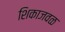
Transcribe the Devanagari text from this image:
शिकाजवळ